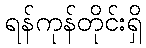
ရန်ကုန်တိုင်းရှိ